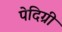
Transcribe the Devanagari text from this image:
पेदिग्री